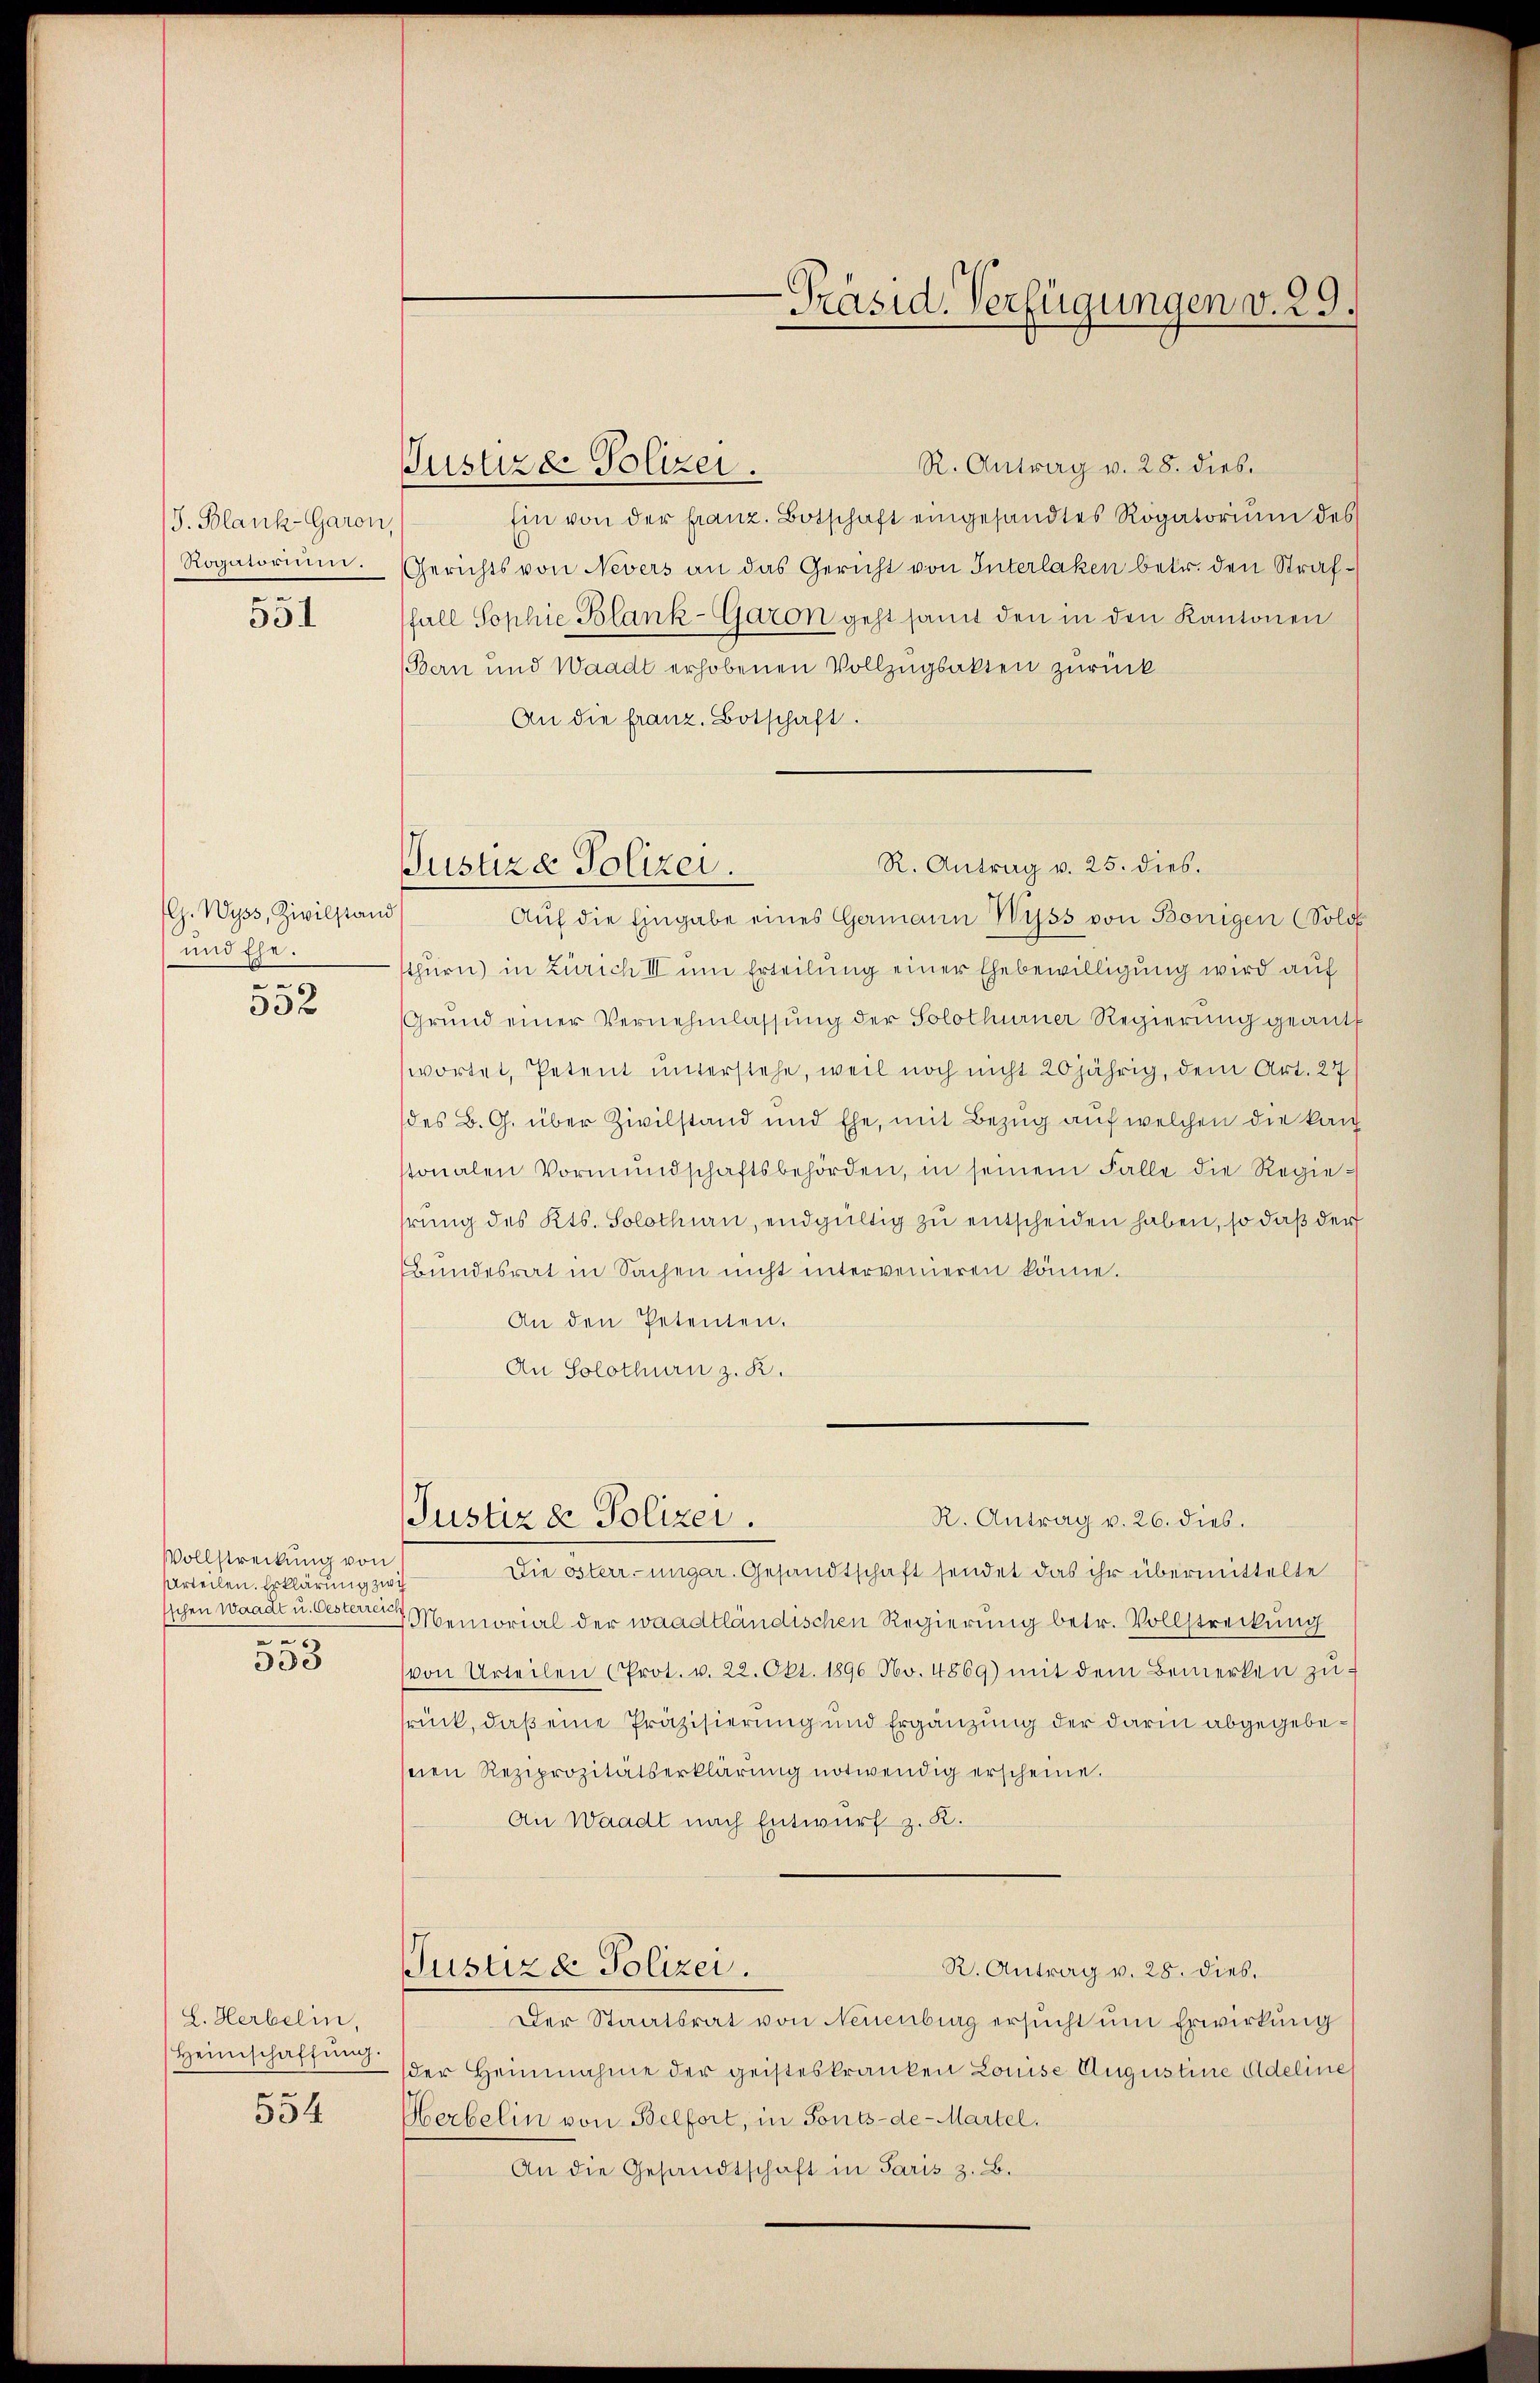
/J. Blank-Garon,
Rogatorium.
.
551

G. Wyss, Zivilstand
und Ehe.
d
332

Vollstreckung von
Urteilen. Erklärung zwis
sschen Waadt u. Oesterreich
e
333

L. Herbelin,
Heimschaffung.

554

R. Antrag v. 28. dies
Justizde Polizei.
Ein von der franz. Botschaft eingesandtes Rogatoriŭm des
Gerichts von Nevers an das Gericht von Interlaken betr. den Straffall Sophie Blank-Garon geht samt den in den Kantonen
(Bern und Waadt erhobenen Vollzugsakten zurück
An die franz. Botschaft.
sthurn) in Zürich III um Erteilung einer Ehebewilligung wird auf
Grund einer Vernehmlassŭng der Solothurner Regierŭng geant
wortet, Petent unterstehe, weil noch nicht 20 jährig, dem Art. 27
(des B. G. über Zivilstand und Ehe, mit Bezug auf welchen die kan
stonalen Vormŭndschaftsbehörden, in seinem Falle die Regiehrung des Kts. Solothurn, endgültig zu entscheiden haben, so daß der
Bŭndesrat in Sachen nicht intervenieren könne.
An den Petenten.
An Solothurn z. R.

-Präsid. Verfügungen v. 29.

R. Antrag v. 25. dies.
Justiza Polizei.
Auf die Eingabe eines Germann Wyss von Bönigen (Solo

Justiz & Polizei.

R. Antrag v. 26. dies.

Die österr. ungar. Gesandtschaft sendet das ihr übermittelte
Memorial der waadtländischen Regierung betr. Vollstreckung
(von Urteilen (Prot. v. 22. Okt. 1896 No. 4869) mit dem Bemerken zŭ-
rück, daß eine Präzisierung und Ergänzung der darin abgegebeseien Reziprozitätserklärŭng notwendig erscheine.
An Waadt nach Entwurf z. K.
R. Antrag v. 28. dies.
Justiza Polizei.
Der Staatsrat von Neuenburg ersucht um Erwirkung
der Heinnahme der geisteskranken Louise Augustine Adelines
Herbelin von Belfort, in Fonts-de-Martel.
An die Gesandtschaft in Paris z. B.